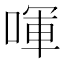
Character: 喗